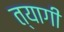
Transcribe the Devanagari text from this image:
त्‍यागी